Vana-Vandra_vallavalitsus, lk 10
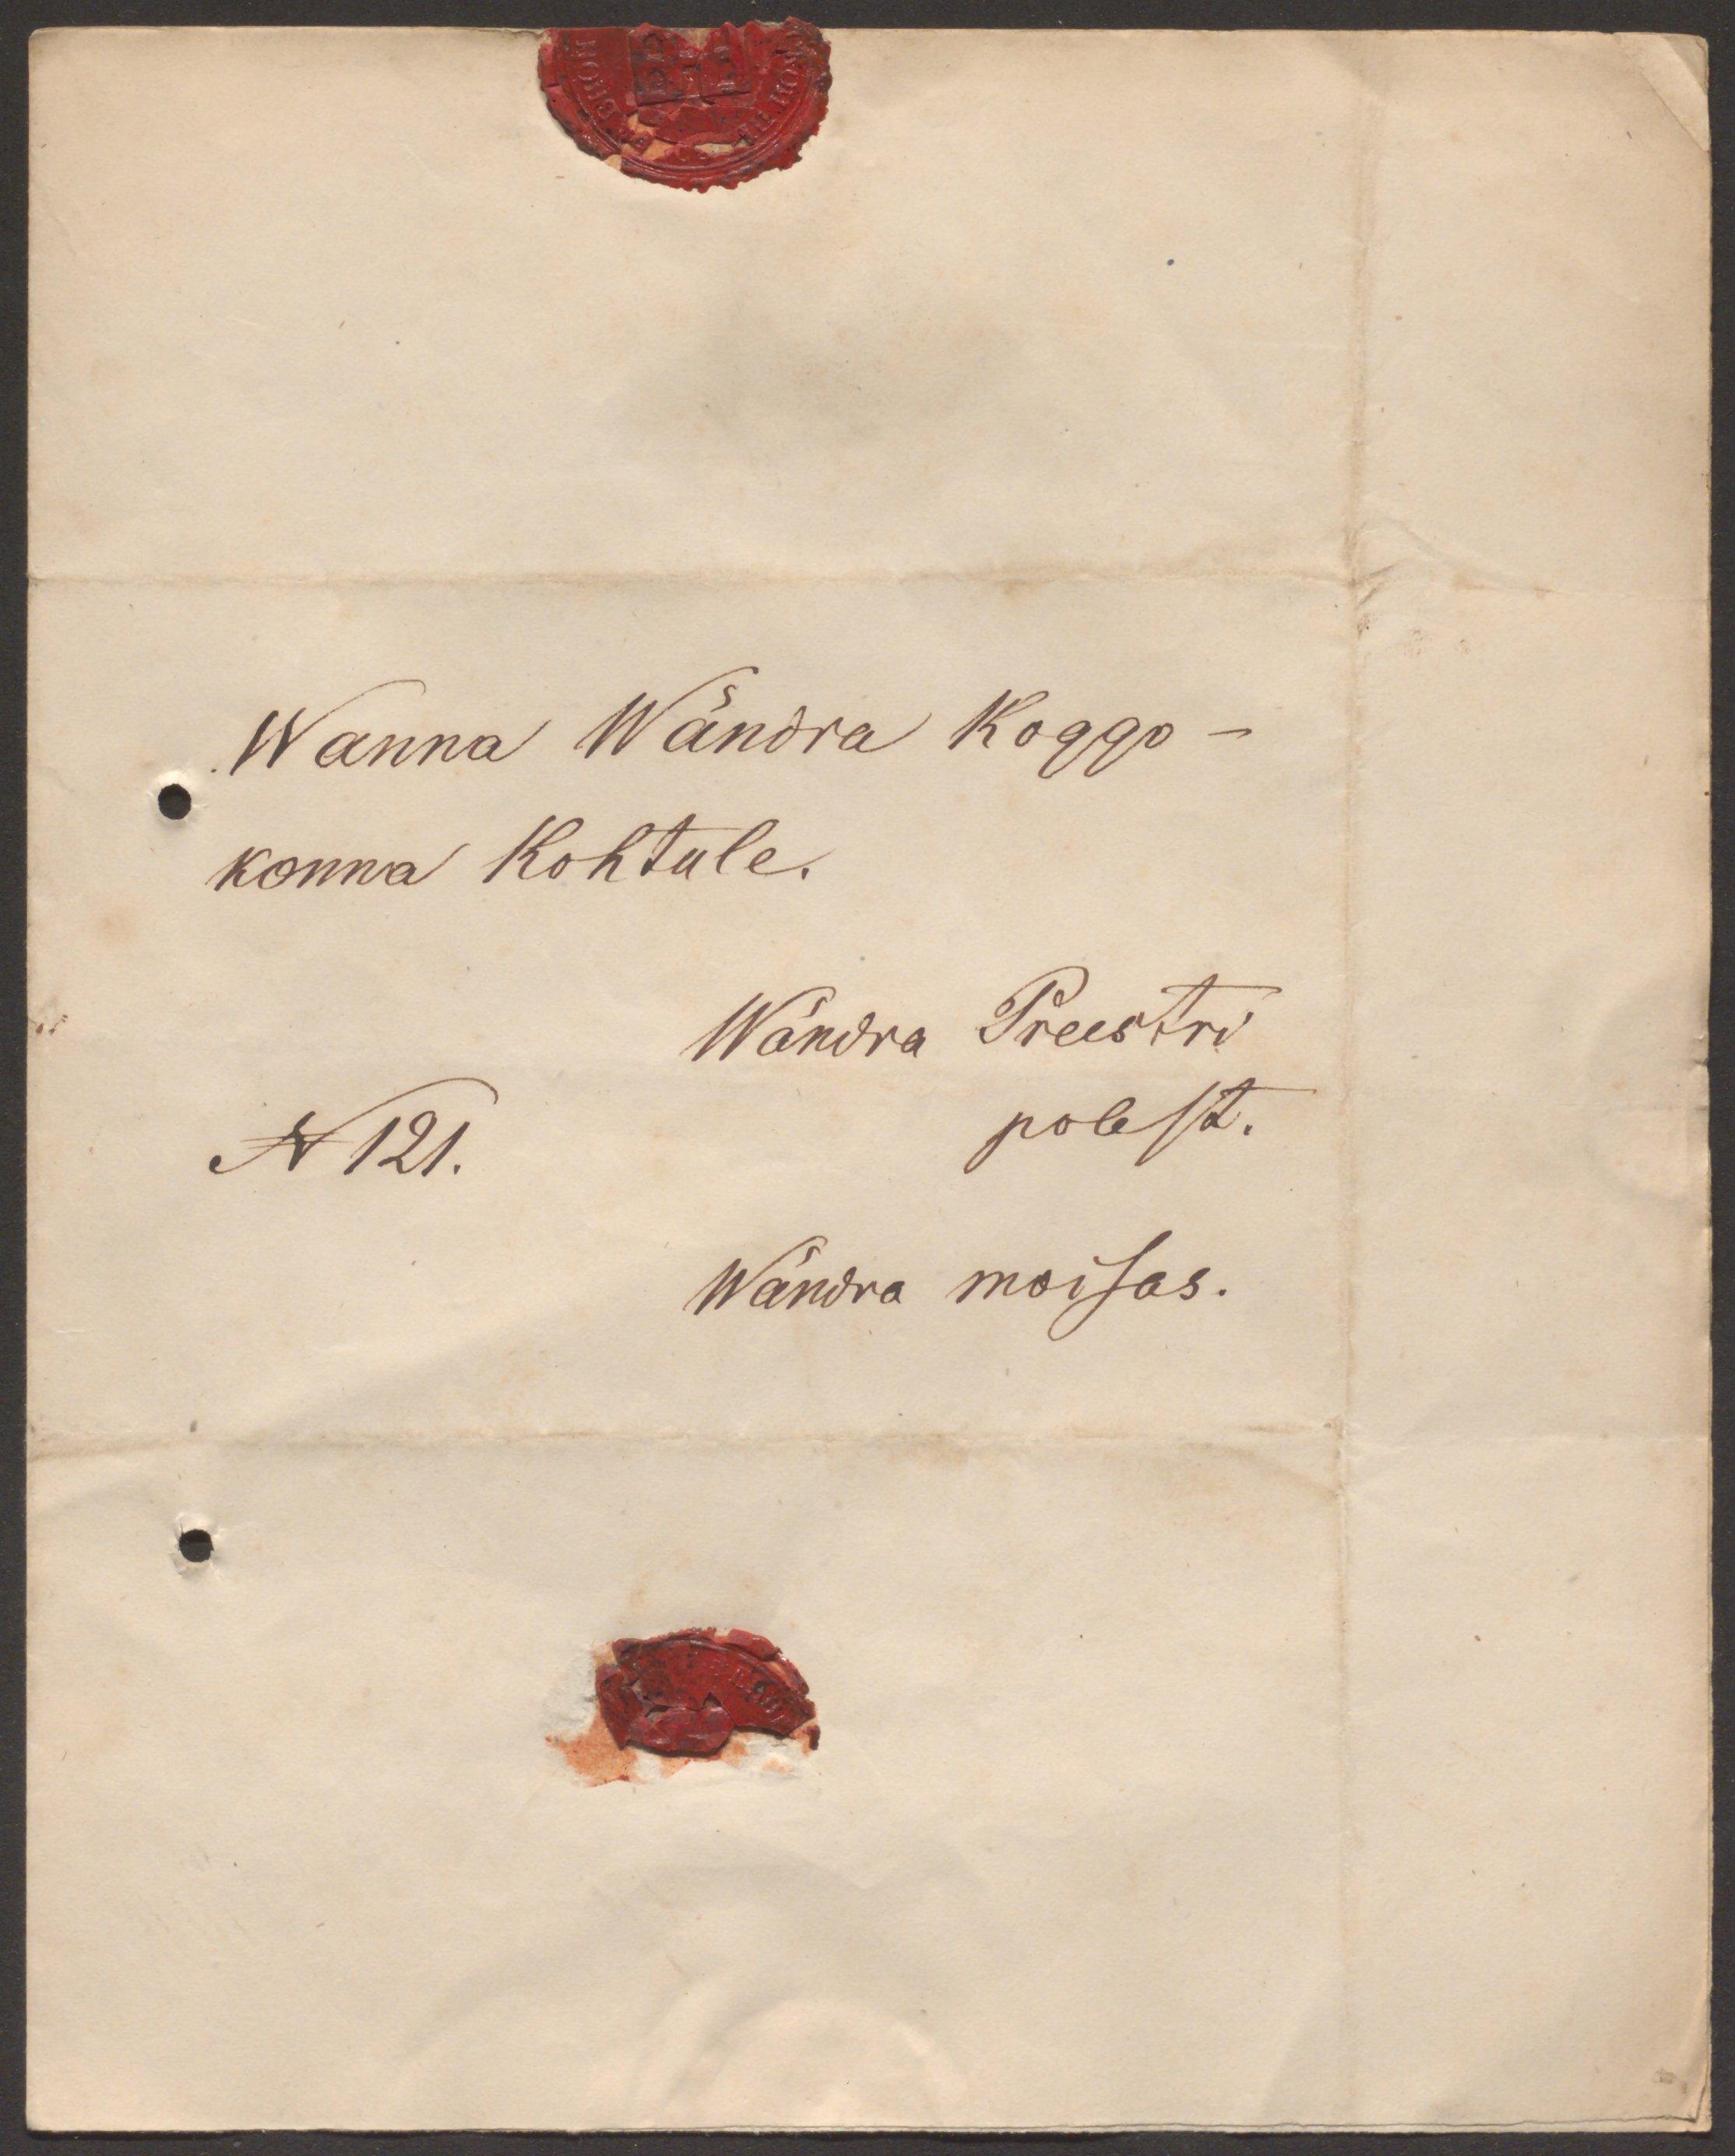
Wanna Wändra Koggo-
konna Kohtule.
Wändra Preestri
N121.
polest.
Wändra moisas.